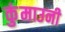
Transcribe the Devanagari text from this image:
कुंमाउनी